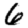
Digit: 6